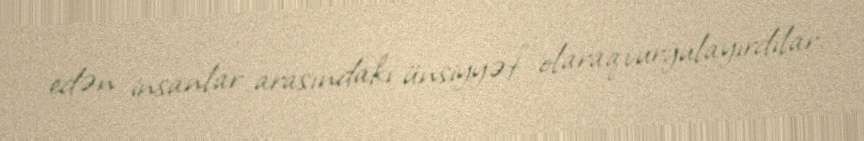
edən insanlar arasındakı ünsiyyət" olaraq vurğulayırdılar.